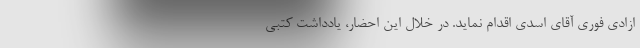
ازادی فوری آقای اسدی اقدام نماید. در خلال این احضار، یادداشت کتبی